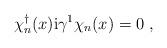
LaTeX: \begin{align*}\chi_n^{\dagger}(x) {\rm i}\gamma^1 \chi_n(x) = 0 \ ,\end{align*}